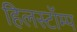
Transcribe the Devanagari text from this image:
हिलस्टॉम्प